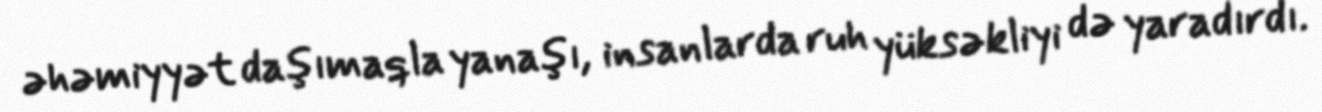
əhəmiyyət daşımaqla yanaşı, insanlarda ruh yüksəkliyi də yaradırdı.